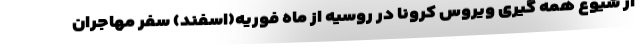
از شیوع همه گیری ویروس کرونا در روسیه از ماه فوریه(اسفند) سفر مهاجران